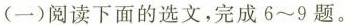
(一)阅读下面的选文，完成6~9题。